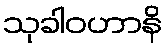
သုခါဝဟာနိ